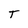
Character: T